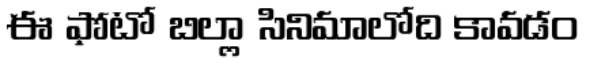
ఈ ఫోటో బిల్లా సినిమాలోది కావడం